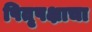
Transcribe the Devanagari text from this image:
पितृपक्षाचा